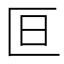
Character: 𫧍